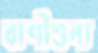
বাণীশূন্য